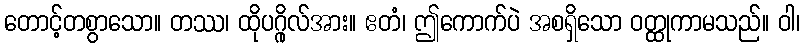
တောင့်တစွာသော။ တဿ၊ ထိုပဂ္ဂိုလ်အား။ ဧတံ၊ ဤကောက်ပဲ အစရှိသော ဝတ္ထုကာမသည်။ ဝါ၊